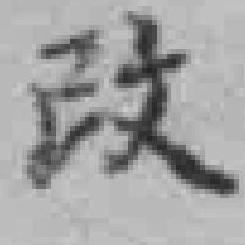
政